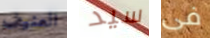
العنيف سيد فى